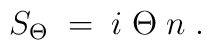
S_{\Theta} \;=\; i \; \Theta \; n \;.